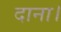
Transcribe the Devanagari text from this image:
दाना।